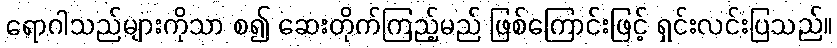
ရောဂါသည်များကိုသာ စ၍ ဆေးတိုက်ကြည့်မည် ဖြစ်ကြောင်းဖြင့် ရှင်းလင်းပြသည်။